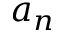
a _ { n }